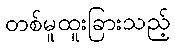
တစ်မူထူးခြားသည့်